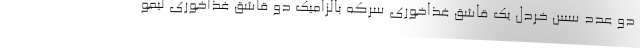
دو عدد سس خردل یک قاشق غذاخوری سرکه بالزامیک‌ دو قاشق غذاخوری لیمو